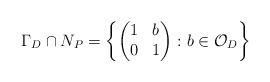
\begin{align*}\Gamma_D\cap N_{P}=\left\{\begin{pmatrix} 1&b\\ 0&1\end{pmatrix}\colon b\in\mathcal{O}_D\right\}\end{align*}